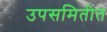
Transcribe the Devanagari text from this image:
उपसमितीत